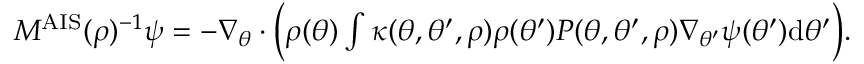
\begin{array} { r } { M ^ { \mathrm { A I S } } ( \rho ) ^ { - 1 } \psi = - \nabla _ { \theta } \cdot \Bigl ( \rho ( \theta ) \int \kappa ( \theta , \theta ^ { \prime } , \rho ) \rho ( \theta ^ { \prime } ) P ( \theta , \theta ^ { \prime } , \rho ) \nabla _ { \theta ^ { \prime } } \psi ( \theta ^ { \prime } ) \mathrm { d } \theta ^ { \prime } \Bigr ) . } \end{array}